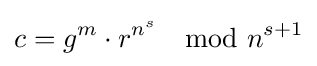
c=g^{m}\cdot r^{n^{s}}\mod n^{s+1}